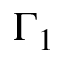
\Gamma _ { 1 }